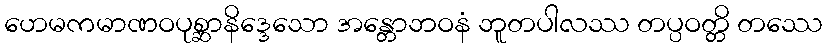
ဟေမကမာဏဝပုစ္ဆာနိဒ္ဒေသော အန္တောဘဝနံ ဘူတပါလဿ တပ္ပဝတ္တိ တဿေ